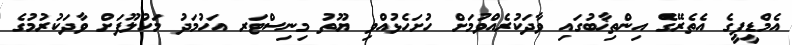
އެމްޑީޕީގެ އެތެރޭގެ އިންތިޚާބުގައި ވާދަކުރެއްވުމަށް ހުށަހެޅުއްވި ޔޫތު މިނިސްޓަރ އަހުމަދު މަހުލޫފަށް ވާދަކުރުމުގެ